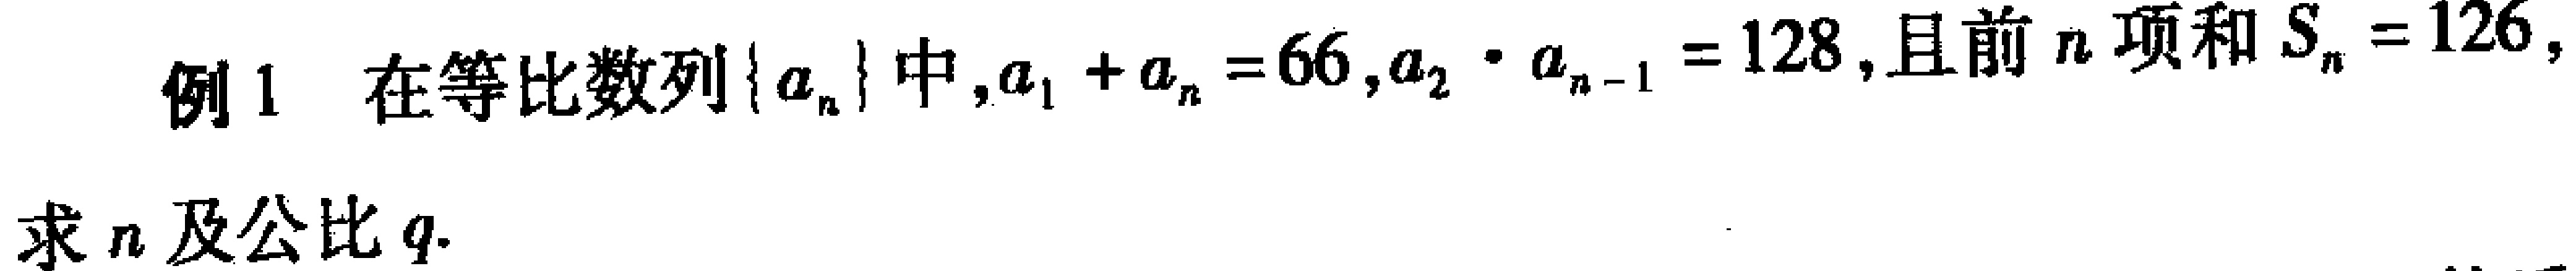
例1 在等比数列\(\{a_{n}\}\)中，\(a_{1} + a_{n} = 66\)，\(a_{2} \cdot a_{n - 1} = 128\)，且前\(n\)项和\(S_{n} = 126\)，求\(n\)及公比\(q\).